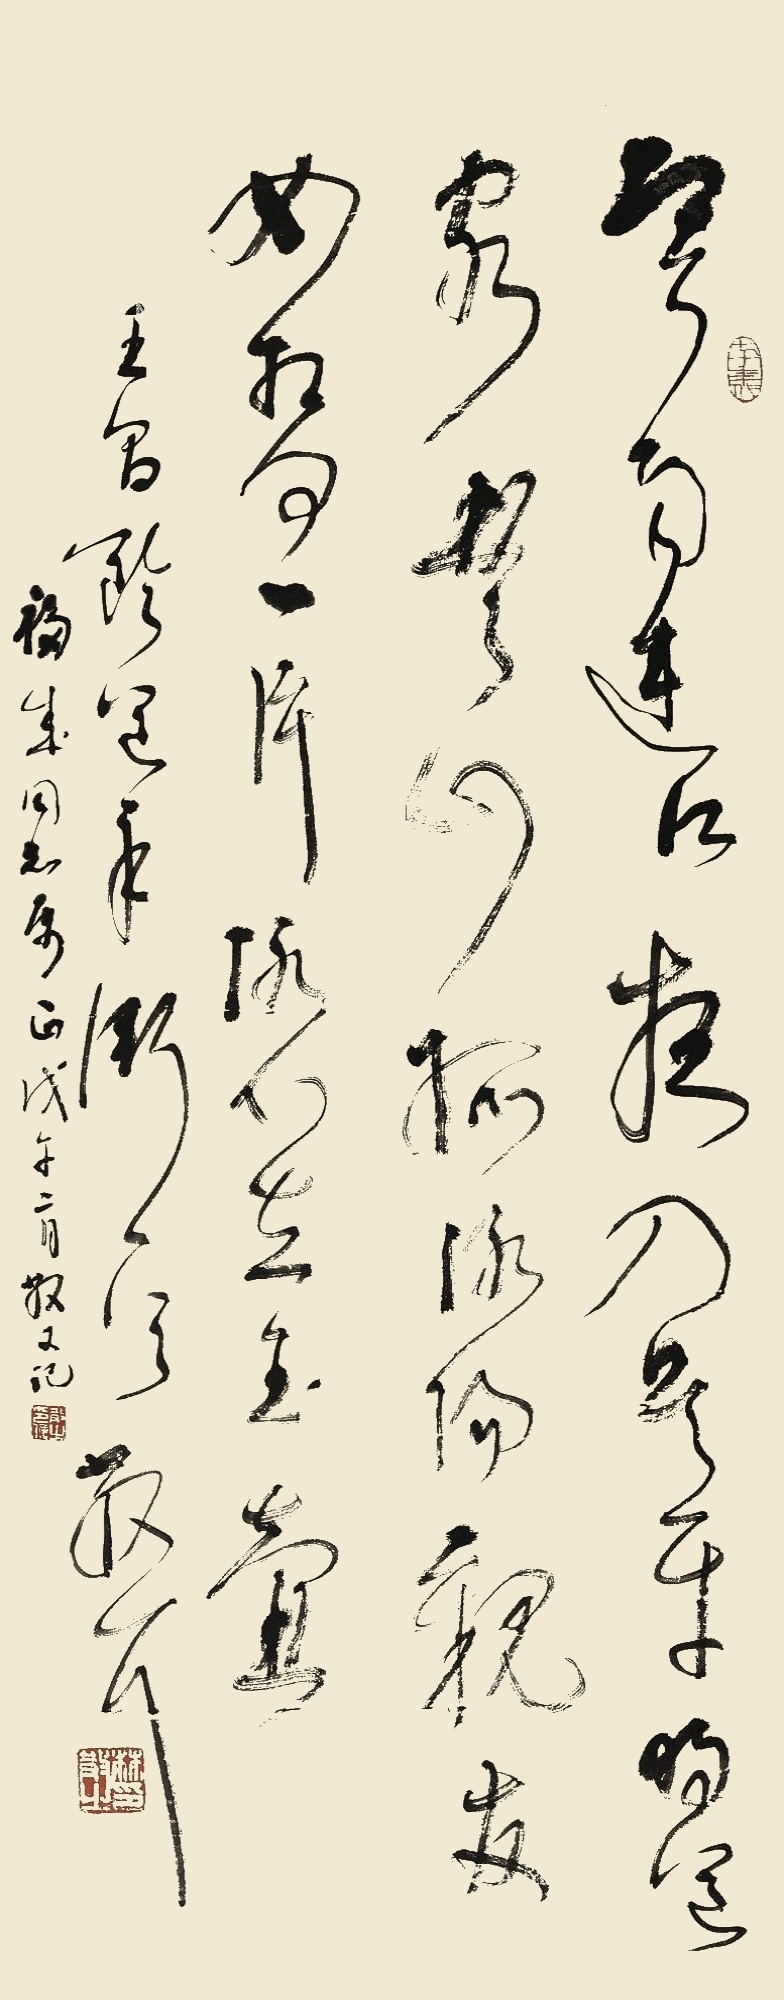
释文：寒雨连天夜入湖，平明送客楚山孤。洛阳亲友如相问，一片冰心在玉壶。王昌龄送辛渐一首，福来同志属正戊午二月散耳记